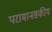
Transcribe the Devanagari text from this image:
परामानसकीय